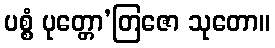
ပစ္စံ ပုတ္တော’တြဇော သုတော။